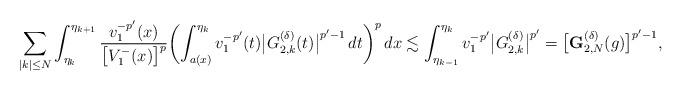
LaTeX: \begin{align*}\sum_{|k|\le N}\int_{\eta_{k}}^{\eta_{k+1}} \frac{v_1^{-p'}(x)}{\bigl[V_1^-(x)\bigr]^{p}} \biggl(\int_{a(x)}^{\eta_{k}}v_1^{-p'}(t)\bigl|G^{(\delta)}_{2,k}(t)\bigr|^{p'-1}\,dt\biggr)^p\,dx\lesssim\int_{\eta_{k-1}}^{\eta_k}v_1^{-p'}\bigl|G_{2,k}^{(\delta)}\bigr|^{p'}=\bigl[\mathbf{G}^{(\delta)}_{2,N}(g)\bigr]^{p'-1},\end{align*}